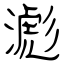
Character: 滮